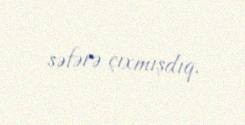
səfərə çıxmışdıq.